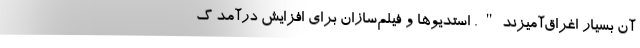
آن بسیار اغراق‌آمیزند". استدیوها و فیلم‌سازان برای افزایش درآمد گ